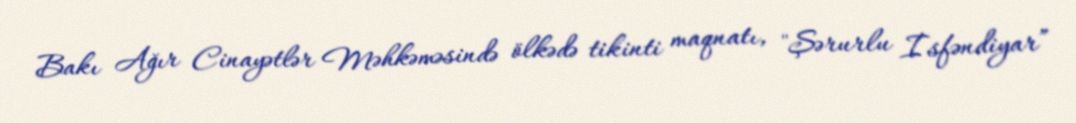
Bakı Ağır Cinayətlər Məhkəməsində ölkədə tikinti maqnatı, "Şərurlu İsfəndiyar”